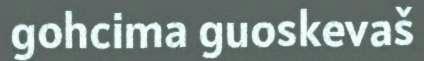
gohcima guoskevaš